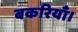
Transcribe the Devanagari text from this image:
बकरियाँ।